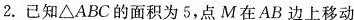
2.已知\triangle ABC的面积为5，点M在AB边上移动